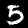
Digit: 5